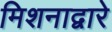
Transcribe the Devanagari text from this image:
मिशनाद्वारे